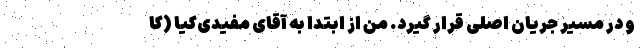
و در مسیر جریان اصلی قرار گیرد. من از ابتدا به آقای مفیدی‌کیا (کا